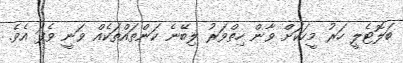
ބަލޮޓެލީ ހަރު މީހަކަށް ވާން ހިތްވަރު ލިބޭނެ ކަންތައްތަކެއް ވަނީ ވެފަ އެވެ.